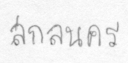
สกลนคร